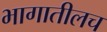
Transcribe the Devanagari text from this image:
भागातीलच